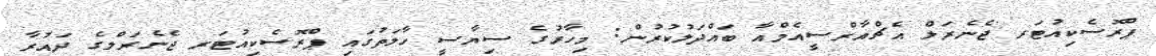
ޕްރޮސެކިއުޓަރ ޖެނެރަލް އެޗްއާރްސީއެމްއާ ބައްދަލުކުރުން: މިހާރުގެ ސިޔާސީ ހާލަތުގައި ޕްރޮސެކިއުޓަރ ޖެނެރަލްގެ ދައުރާ